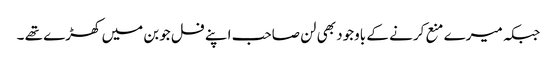
جبکہ میرے منع کرنے کے باوجود بھی لن صاحب اپنے فل جوبن میں کھڑے تھے ۔